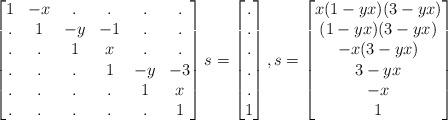
LaTeX: \begin{align*}\begin{bmatrix}1 & - x & . & . & . & . \\. & 1 & -y & -1 & . & . \\. & . & 1 & x & . & . \\. & . & . & 1 & -y & -3 \\. & . & . & . & 1 & x \\. & . & . & . & . & 1\end{bmatrix}s =\begin{bmatrix}. \\ . \\ . \\ . \\ . \\ 1\end{bmatrix},s =\begin{bmatrix}x(1-yx)(3-yx) \\ (1-yx)(3-yx) \\-x(3-yx) \\ 3-yx \\ -x \\ 1\end{bmatrix}\end{align*}